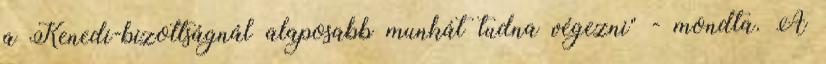
a Kenedi-bizottságnál alaposabb munkát tudna végezni" - mondta. A